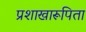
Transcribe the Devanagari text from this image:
प्रशाखारूपिता